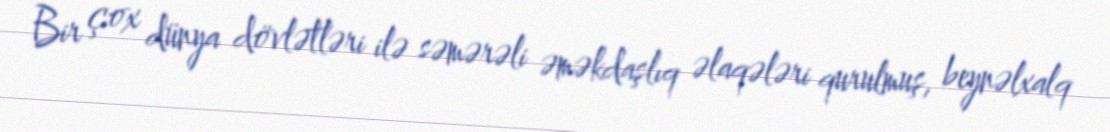
Bir çox dünya dövlətləri ilə səmərəli əməkdaşlıq əlaqələri qurulmuş, beynəlxalq